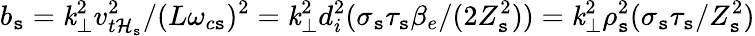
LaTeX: b_{\mathtt{s}}=\mathit{k}_{\perp}^{2}v_{{t\mathcal{H}}_{\mathtt{s}}}^{2}/(L\omega_{c\mathtt{s}})^{2}=\mathit{k}_{\perp}^{2}d_{i}^{2}(\sigma_{\mathtt{s}}\tau_{\mathtt{s}}\beta_{e}/(2Z_{\mathtt{s}}^{2}))=\mathit{k}_{\perp}^{2}\rho_{\mathtt{s}}^{2}(\sigma_{\mathtt{s}}\tau_{\mathtt{s}}/Z_{\mathtt{s}}^{2})